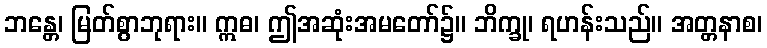
ဘန္တေ၊ မြတ်စွာဘုရား။ ဣဓ၊ ဤအဆုံးအမတော်၌။ ဘိက္ခု၊ ရဟန်းသည်။ အတ္တနာစ၊